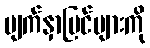
မျက်နှာပြင်များကို